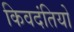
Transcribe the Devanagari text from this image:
किवदंतियो